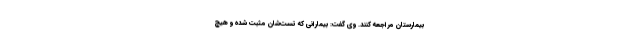
بیمارستان مراجعه کنند. وی گفت: بیمارانی که تست‌شان مثبت شده و هیچ